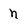
Character: n